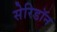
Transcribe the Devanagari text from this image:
सेरिडॉन